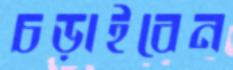
চড়াইবেন